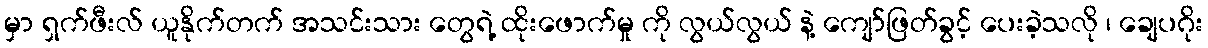
မှာ ရှက်ဖီးလ် ယူနိုက်တက် အသင်းသား တွေရဲ့ ထိုးဖောက်မှု ကို လွယ်လွယ် နဲ့ ကျော်ဖြတ်ခွင့် ပေးခဲ့သလို ၊ ချေပဂိုး